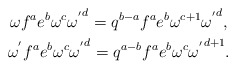
\begin{gather*}\omega {f^a}{e^b}{\omega ^c}{\omega ^{'}}^d = {q^{b - a}}{f^a}{e^b}{\omega ^{c + 1}}{\omega ^{'}}^d,\\{\omega ^{'}}{f^a}{e^b}{\omega ^c}{\omega ^{'}}^d = {q^{a - b}}{f^a}{e^b}{\omega ^c}{\omega ^{'}}^{d + 1}.\end{gather*}